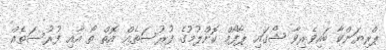
ޕްރިޔަންކާ ބައިވެރިވާ ޝޯގައި ޕާފޯމް ކޮށްލުމުގެ ފުރުސަތެއް އޮތް ތޯ އާއި ފުރުސަތެއް